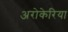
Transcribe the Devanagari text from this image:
अरोकेरिया